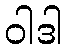
ဝါဒါ